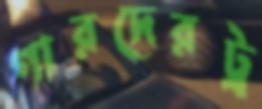
গারদেরট্র